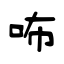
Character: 咘